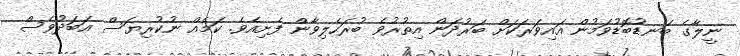
ނީލާގެ ބަނޑުބޮޑުވަމުން އައިވަރަކަށް ބަރުދަން އިތުރުވެ ބުރަހެލިވާން ފެށިއެވެ. ކަމެއް ނުކުރިޔަސް އަބަދުވެސް